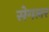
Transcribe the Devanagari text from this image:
सेगलर